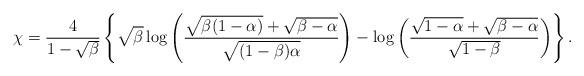
LaTeX: \begin{align*}\chi=\frac{4}{1-\sqrt{\beta}}\left\{\sqrt{\beta}\log\left(\frac{\sqrt{\beta(1-\alpha)}+\sqrt{\beta-\alpha}}{\sqrt{(1-\beta)\alpha}}\right)-\log\left(\frac{\sqrt{1-\alpha}+\sqrt{\beta-\alpha}}{\sqrt{1-\beta}}\right)\right\}.\end{align*}